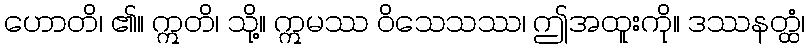
ဟောတိ၊ ၏။ ဣတိ၊ သို့။ ဣမဿ ဝိသေသဿ၊ ဤအထူးကို။ ဒဿနတ္ထံ၊